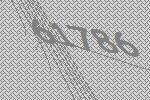
61786